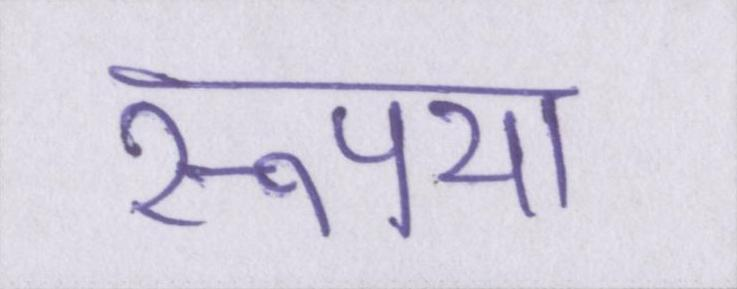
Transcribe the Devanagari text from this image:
रूपया